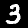
Digit: 3